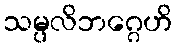
သမ္ပလိဘဂ္ဂေဟိ